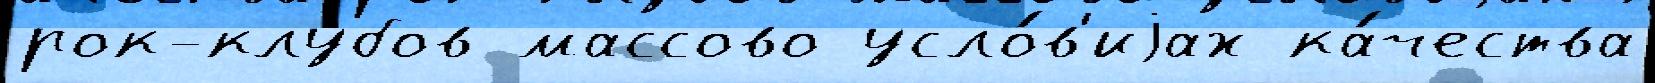
рок-клубов массово усло́в'иjах ка́чества